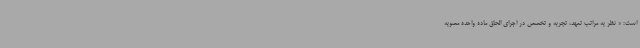
است: « نظر به مراتب تعهد، تجربه و تخصص در اجرای الحاق ماده واحده مصوبه